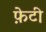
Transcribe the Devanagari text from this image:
फ़ेटी